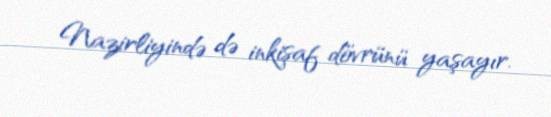
Nazirliyində də inkişaf dövrünü yaşayır.